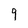
Character: 9